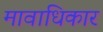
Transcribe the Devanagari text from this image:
मावाधिकार